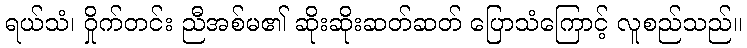
ရယ်သံ၊ ဝှိုက်တင်း ညီအစ်မ၏ ဆိုးဆိုးဆတ်ဆတ် ပြောသံကြောင့် လူစည်သည်။